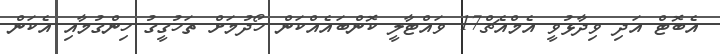
އެބޮޓް އަދި ވިދާޅުވީ އެމްއެޗް17 ވައްޓާލީ ކޮންބައެއްކަން ހޯދުމަށް ތަހުގީގު ހިންގުމާއި އެކަން